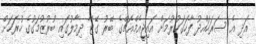
އަދި އެ ސަރަހައްދު ފާހަގަކުރުމަށް އައިޖީއެމްއެޗްގެ ބޭރު ގޭޓާ ދިމާލުގައި ބުރުޒުމަގުގެ ހުރަހަށް